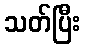
သတ်ပြီး